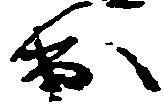
出